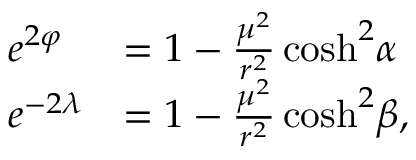
\begin{array} { l l } { { e ^ { 2 \varphi } } } & { { = 1 - \frac { \mu ^ { 2 } } { r ^ { 2 } } \cosh ^ { 2 } \! \alpha } } \\ { { e ^ { - 2 \lambda } } } & { { = 1 - \frac { \mu ^ { 2 } } { r ^ { 2 } } \cosh ^ { 2 } \! \beta , } } \end{array}